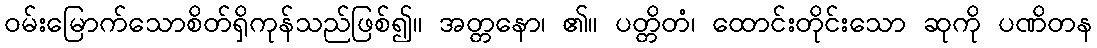
ဝမ်းမြောက်သောစိတ်ရှိကုန်သည်ဖြစ်၍။ အတ္တနော၊ ၏။ ပတ္တိတံ၊ ထောင်းတိုင်းသော ဆုကို ပဏိတန